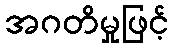
အဂတိမှုဖြင့်